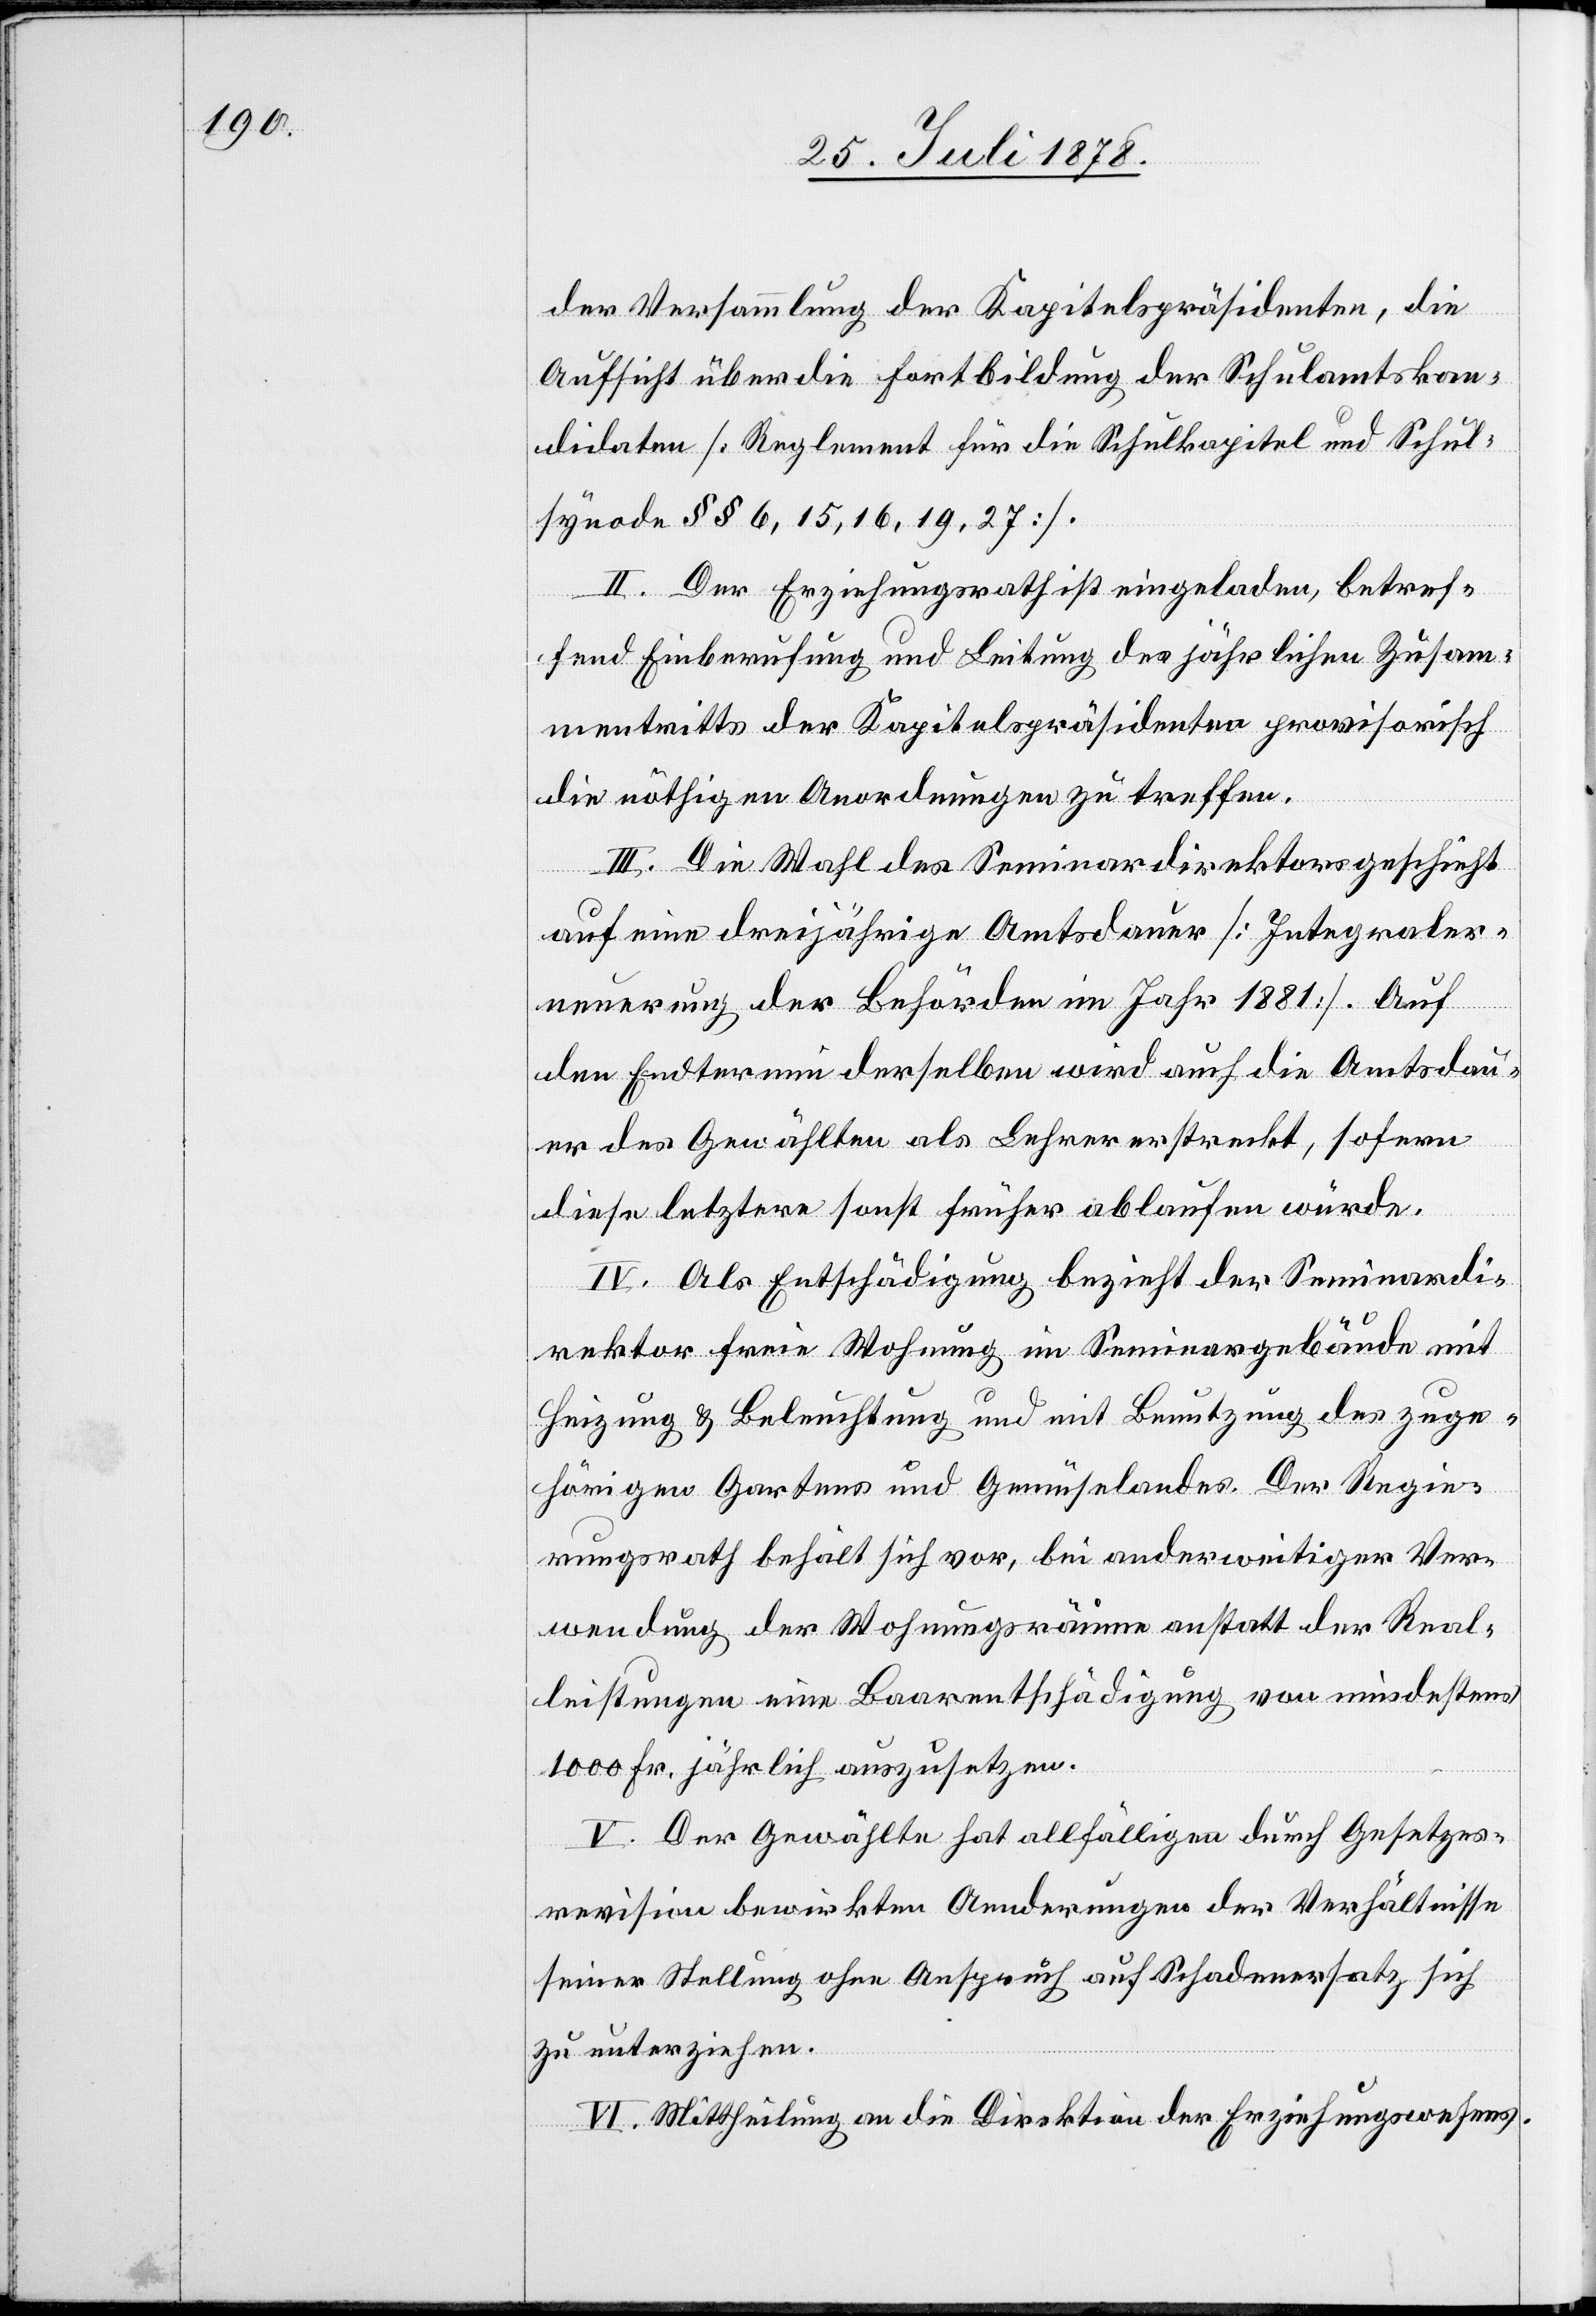
der Versammlung der Kapitelspräsidenten, die
Aufsicht über die Fortbildung der Schulamtskan¬
didaten [Reglement für die Schulkapitel und Schul¬
synode §§ 6, 15, 16, 19, 27].
II. Der Erziehungsrath ist eingeladen, betref¬
fend Einberufung und Leitung des jährlichen Zusam¬
mentritts der Kapitelspräsidenten provisorisch
die nöthigen Anordnungen zu treffen.
III. Die Wahl des Seminardirektors geschieht
auf eine dreijährige Amtsdauer [Integraler¬
neuerung der Behörden im Jahr 1881]. Auf
den Endtermin derselben wird auch die Amtsdau¬
er des Gewählten als Lehrer erstreckt, sofern
diese letztere sonst früher ablaufen würde.
IV. Als Entschädigung bezieht der Seminardi¬
rektor freie Wohnung im Seminargebäude mit
Heizung & Beleuchtung und mit Benutzung des zuge¬
hörigen Gartens und Gemüselandes. Der Regie¬
rungsrath behält sich vor, bei anderweitiger Ver¬
wendung der Wohnungsräume anstatt der Real¬
leistungen eine Baarentschädigung von mindestens
1000 Fr. jährlich auszusetzen.
V. Der Gewählte hat allfälligen durch Gesetzes¬
revision bewirkten Aenderungen der Verhältnisse
seiner Stellung ohne Anspruch auf Schadenersatz sich
zu unterziehen.
VI. Mittheilung an die Direktion des Erziehungswesens